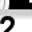
Digit: 2